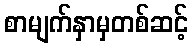
စာမျက်နှာမှတစ်ဆင့်